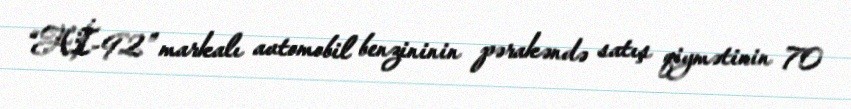
“Aİ-92” markalı avtomobil benzininin pərakəndə satış qiymətinin 70